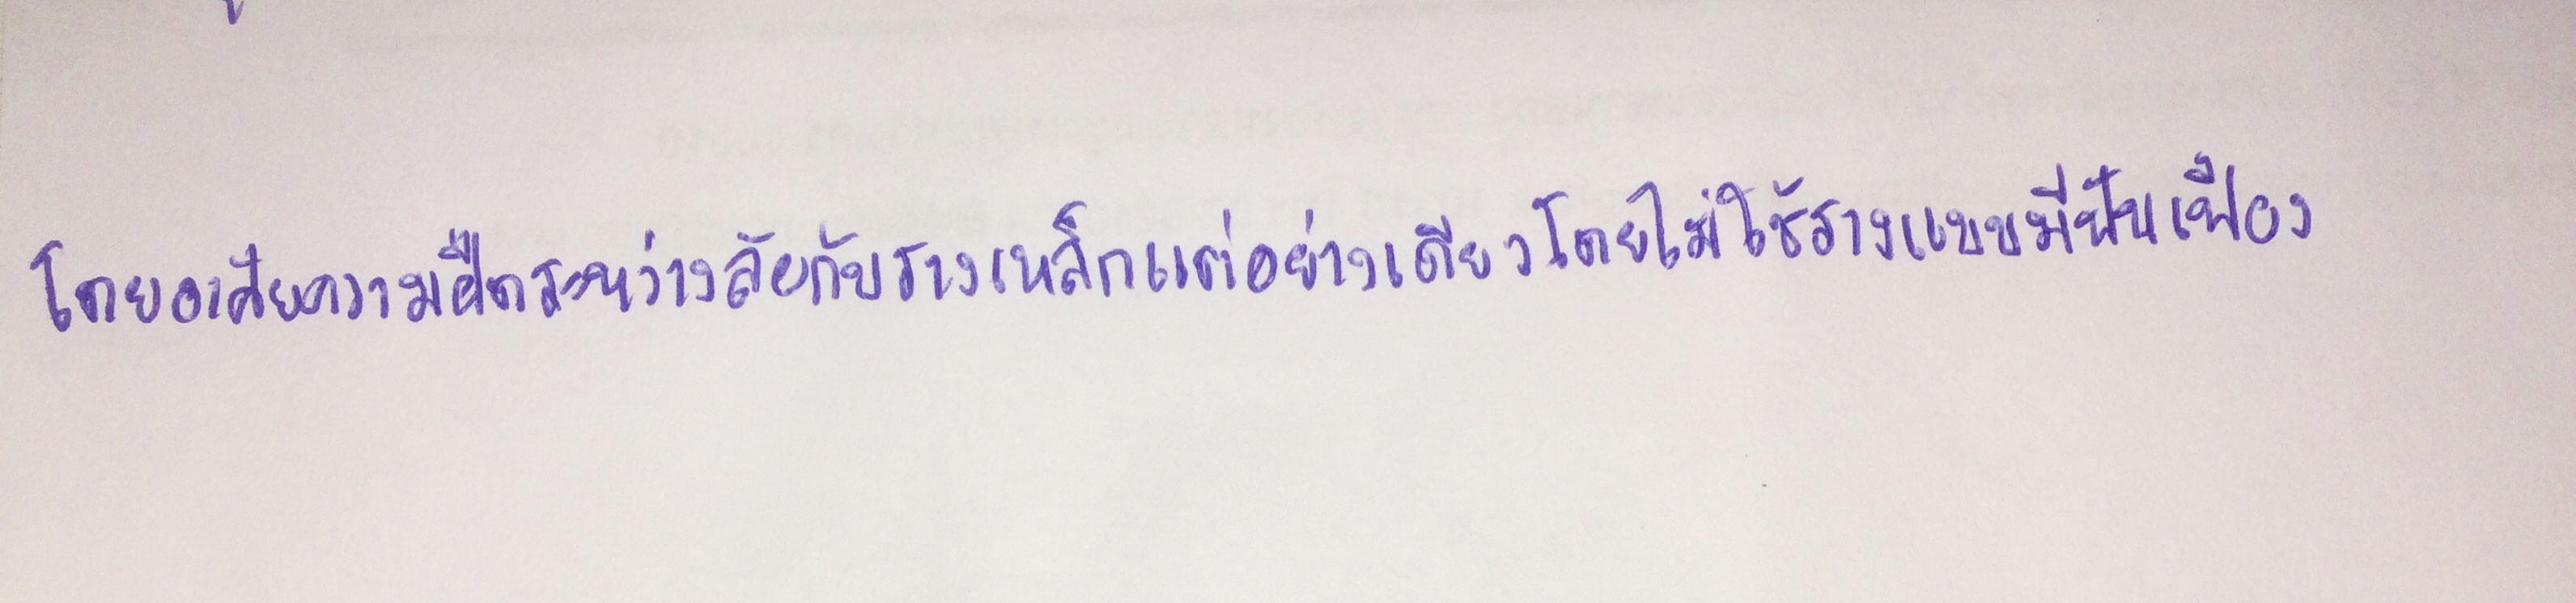
โดยอาศัยความฝืดระหว่างล้อกับรางเหล็กแต่อย่างเดียวโดยไม่ใช้รางแบบมีฟันเฟือง